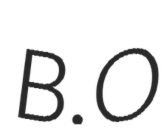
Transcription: B.O